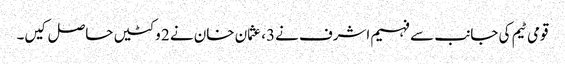
قومی ٹیم کی جانب سے فہیم اشرف نے3، عثمان خان نے 2 وکٹیں حاصل کیں۔